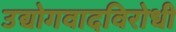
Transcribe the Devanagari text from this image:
उद्योगवादविरोधी